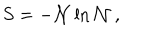
S = - { \cal N } \ln { \cal N } \, ,